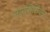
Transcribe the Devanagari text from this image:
नारसिसिज्म